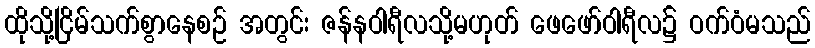
ထိုသို့ငြိမ်သက်စွာနေစဉ် အတွင်း ဇန်နဝါရီလသို့မဟုတ် ဖေဖော်ဝါရီလ၌ ဝက်ဝံမသည်